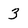
Character: 3